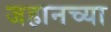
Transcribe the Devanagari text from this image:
जहानच्या